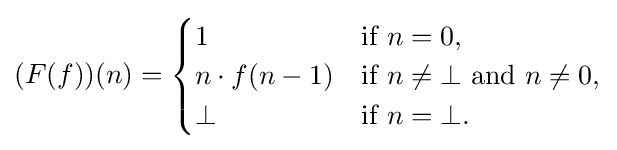
(F(f))(n)={\begin{cases}1&{\text{if }}n=0,\\n\cdot f(n-1)&{\text{if }}n\neq \bot {\text{ and }}n\neq 0,\\\bot &{\text{if }}n=\bot .\\\end{cases}}